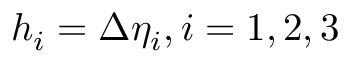
h _ { i } = \Delta \eta _ { i } , i = 1 , 2 , 3